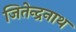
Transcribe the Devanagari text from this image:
जितेन्द्रनाथ